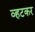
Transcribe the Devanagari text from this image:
व्हटकर